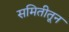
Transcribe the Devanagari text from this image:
समितीतून